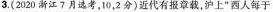
3.（2020浙江7月选考，10,2分）近代有报童载，沪上"西人每于